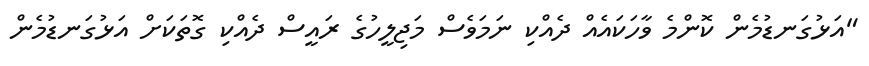
"އަޅުގަނޑުމެން ކޮންމެ ވާހަކައެއް ދެއްކި ނަމަވެސް މަޖިލީހުގެ ރައީސް ދެއްކި ގޮތަކަށް އަޅުގަނޑުމެން